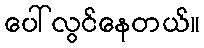
ပေါ်လွင်နေတယ်။